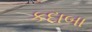
કદાબા